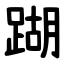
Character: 䠒